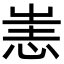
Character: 𢙌